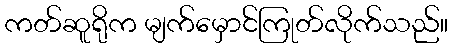
ကတ်ဆူရိုက မျက်မှောင်ကြုတ်လိုက်သည်။